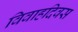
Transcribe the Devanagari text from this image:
विवाहदिवस